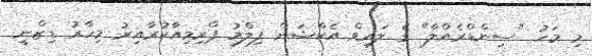
މި މަހު "ސިންޑްރެއްލާ" ގެ ލައިވް އެކްޝަން ފިލްމު ޕްރިމިއާކުރާއިރު މިހާރު ޑިޒްނީ